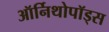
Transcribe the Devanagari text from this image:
ऑर्निथोपॉड्स